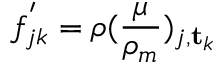
f _ { j k } ^ { ' } = \boldsymbol { \rho } ( \frac { \mu } { \rho _ { m } } ) _ { j , \mathbf { t } _ { k } }